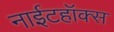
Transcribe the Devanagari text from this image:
नाईटहॉक्स